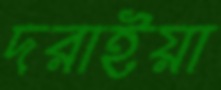
দরাইয়া